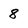
Character: 8